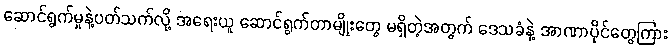
ဆောင်ရွက်မှုနဲ့ပတ်သက်လို့ အရေးယူ ဆောင်ရွက်တာမျိုးတွေ မရှိတဲ့အတွက် ဒေသခံနဲ့ အာဏာပိုင်တွေကြား